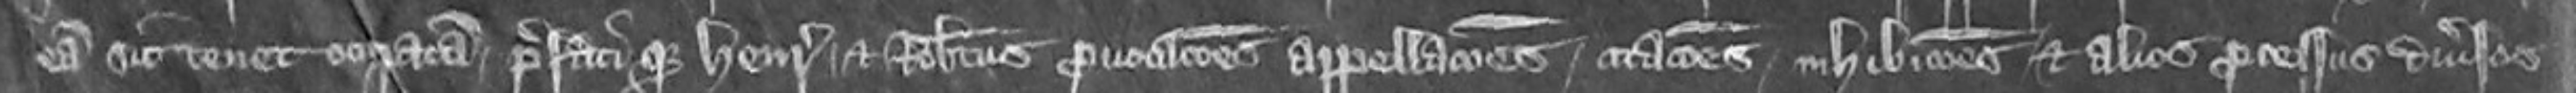
eam sit tenet occupatam prefati que Henricus et Robertus provocationes appellaciones citationes inhibitiones et alios processus diversos